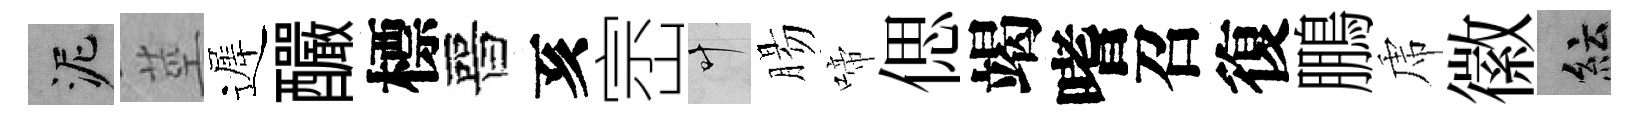
泥莖遲釅標晉亥崈叶腸啼偲竭嗜召復鵬虎徽紜